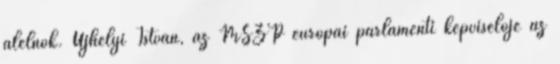
alelnök. Ujhelyi István, az MSZP európai parlamenti képviselője az